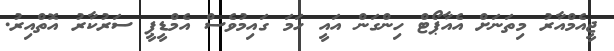
ޖީއެމްއާރު މިތަނަށް އެއާޕޯޓް ހިންގަން އައީ ހަމަ ގައިމުވެސް އެމްޑީޕީ ސަރުކާރު އޮތްއިރު.